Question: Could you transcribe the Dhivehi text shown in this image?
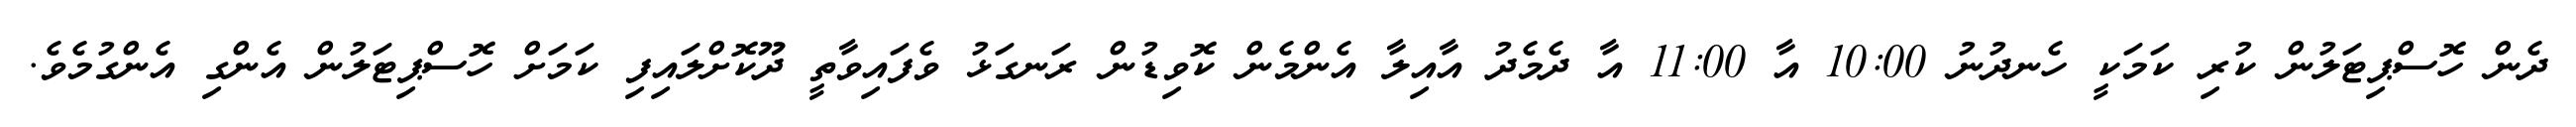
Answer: ދެން ހޮސްޕިޓަލުން ކުރި ކަމަކީ ހެނދުނު 10:00 އާ 11:00 އާ ދެމެދު އާއިލާ އެންމެން ކޮވިޑުން ރަނގަޅު ވެފައިވާތީ ދޫކޮށްލައިފި ކަމަށް ހޮސްޕިޓަލުން އެންގި އެންގުމެވެ.